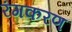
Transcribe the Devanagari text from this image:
रंगकरण